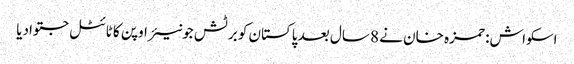
اسکواش: حمزہ خان نے 8 سال بعد پاکستان کو برٹش جونیئر اوپن کا ٹائٹل جتوادیا